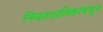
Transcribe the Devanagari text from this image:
नियततालिकांमधून